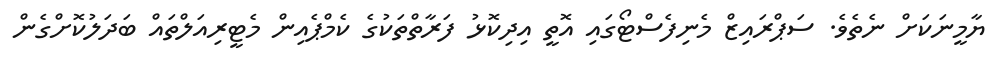
ޔާމީނަކަށް ނެތެވެ. ސަޕްރައިޒް މެނިފެސްޓޯގައި އޮތީ އިދިކޮޅު ފަރާތްތަކުގެ ކެމްޕެއިން މެޓީރިއަލްތައް ބަދަލުކޮށްގެން